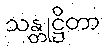
သန္တုဋ္ဌိတာ